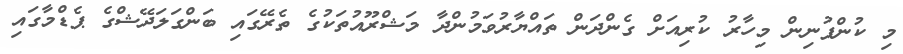
މި ކުންފުނިން މިހާރު ކުރިއަށް ގެންދަން ތައްޔާރުވަމުންދާ މަޝްރޫއުތަކުގެ ތެރޭގައި ބަންގަލަދޭޝްގެ ޕެޑްމާގައި